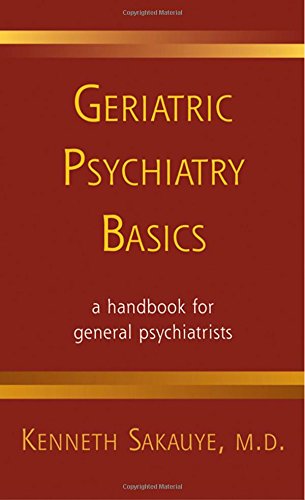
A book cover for Geriatric Psychiatry Basics (Norton Professional Books); Kenneth Sakauye; Medical Books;